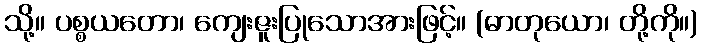
သို့။ ပစ္စယတော၊ ကျေးဇူးပြုသောအားဖြင့်။ (ဓာတုယော၊ တို့ကို။)